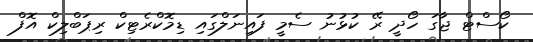
ކޯސްޓް ޖާގަ ހޯދީ ރޭ ކުޅުނު ސެމީ ފައިނަލްގައި ޑިމޮކްރެޓިކް ރިޕަބްލިކް އޮފް